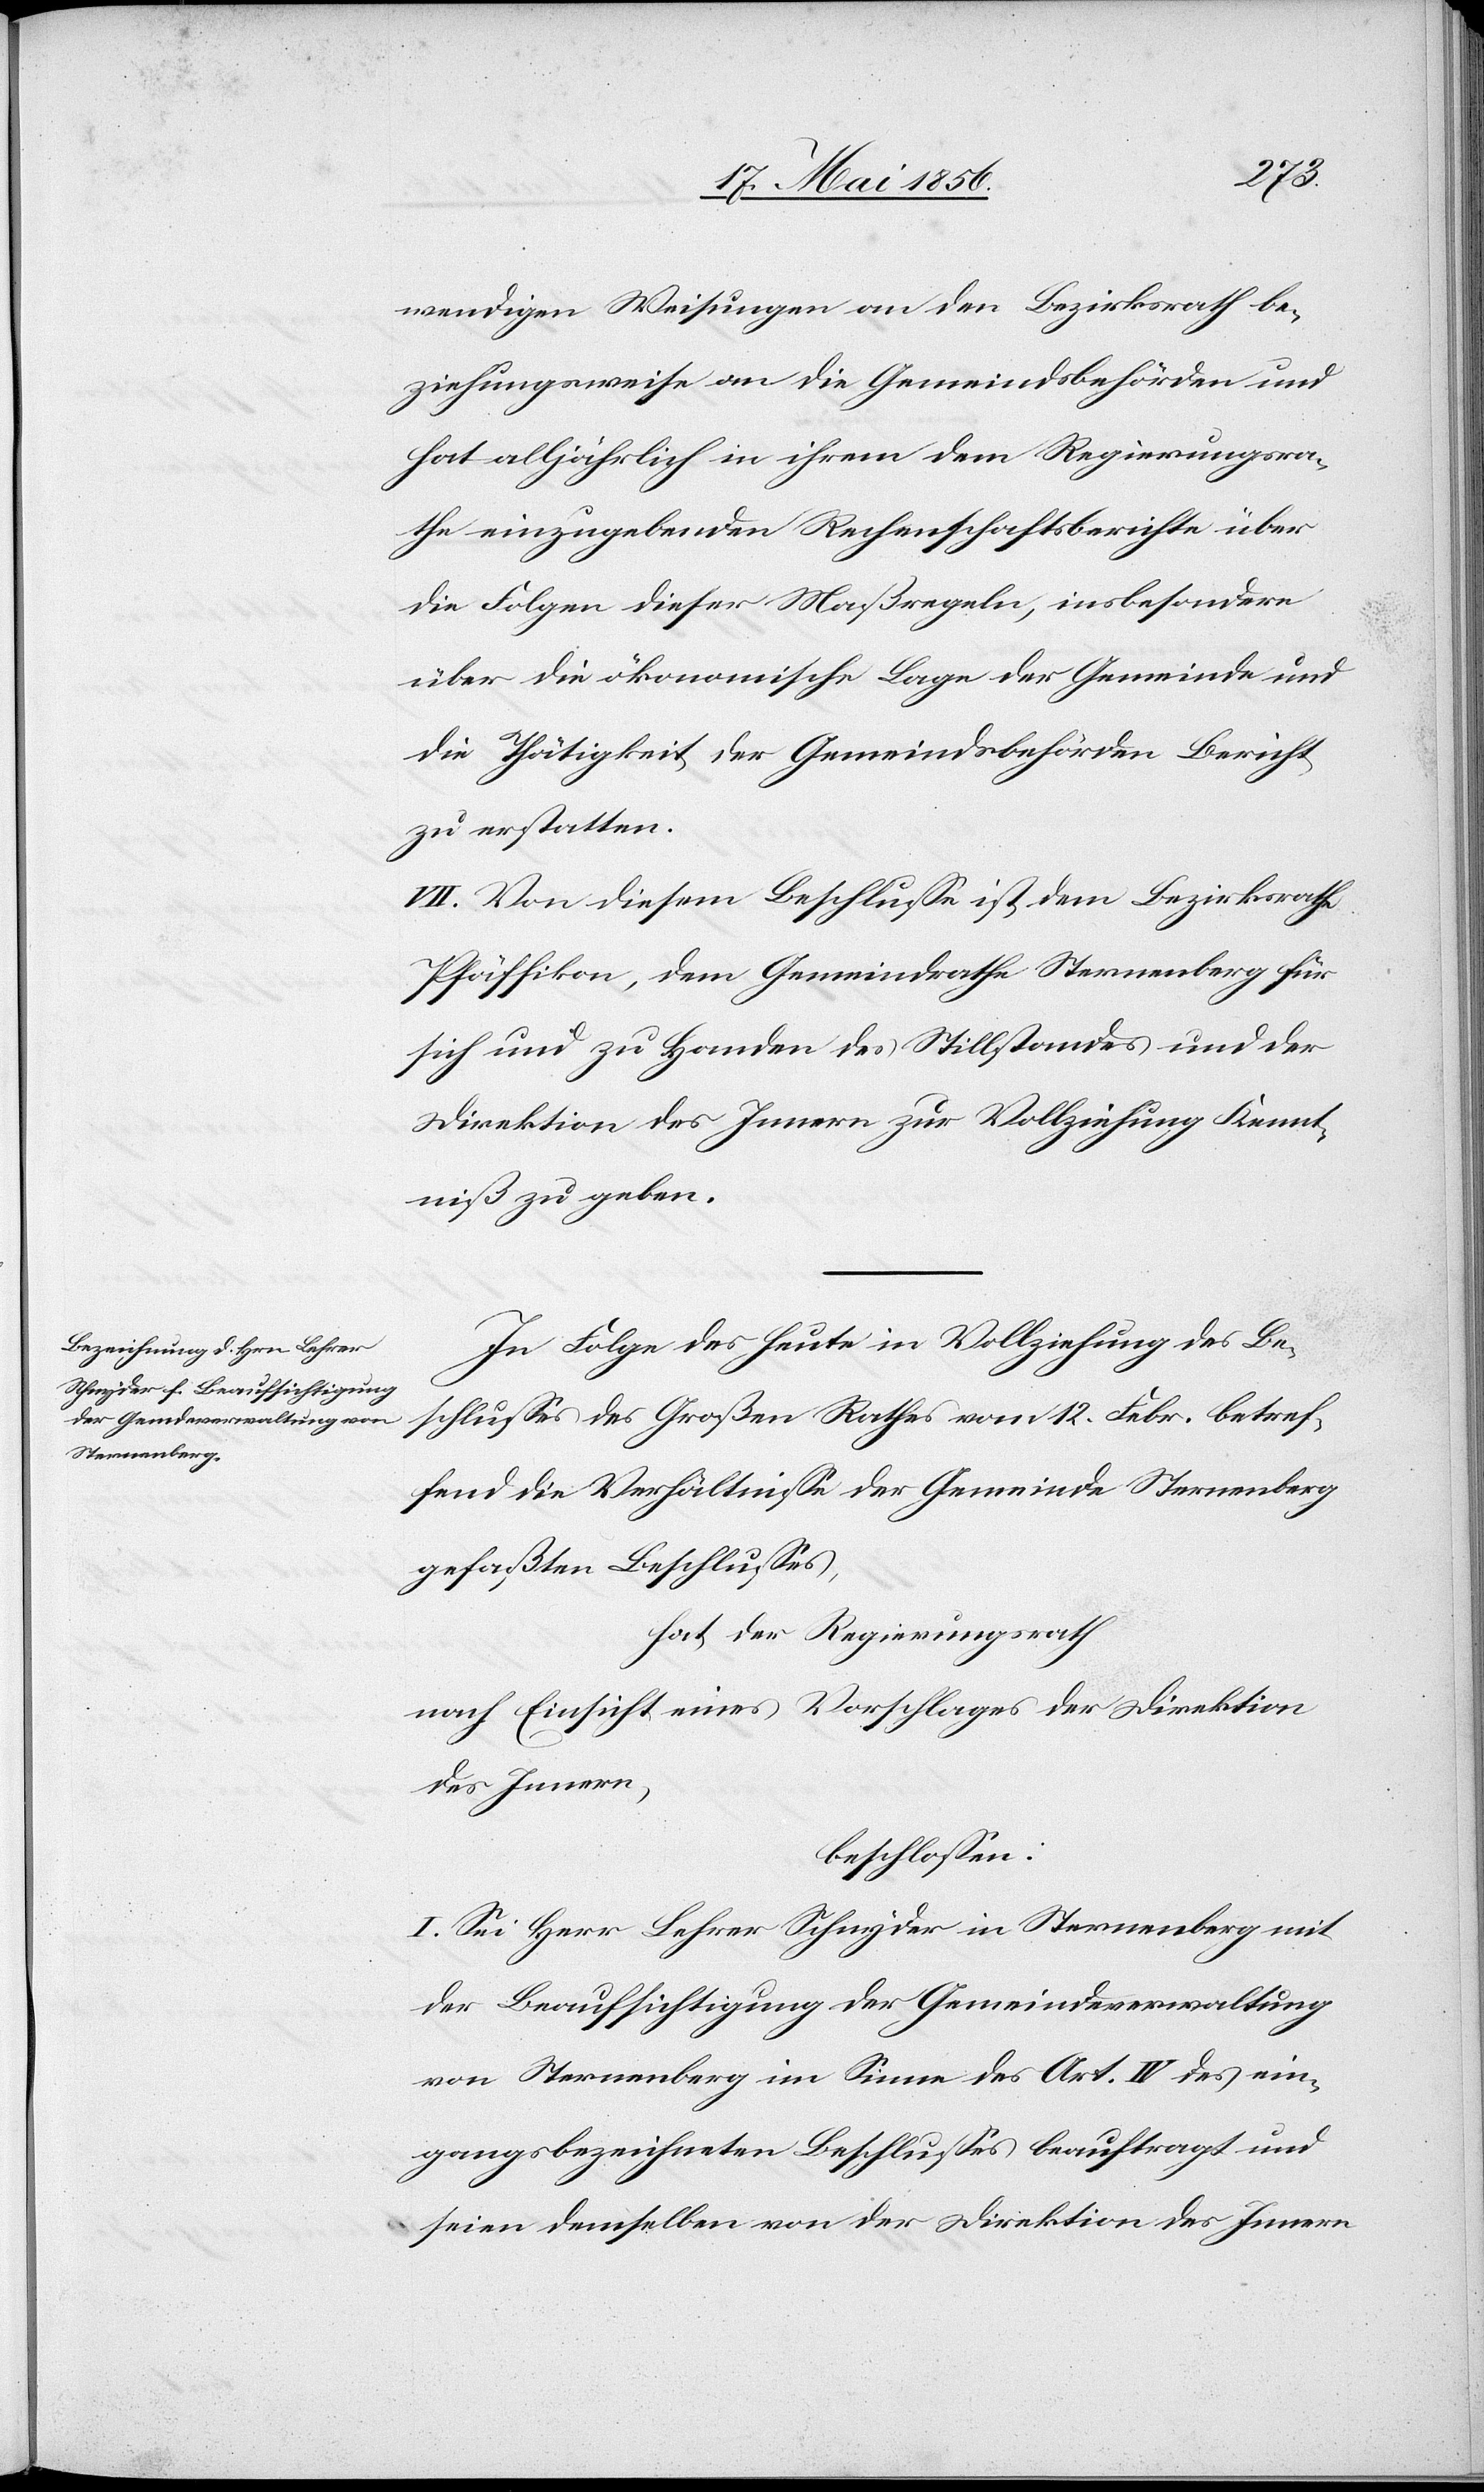
wendigen Weisungen an den Bezirksrath be¬
ziehungsweise an die Gemeindsbehörden und
hat alljährlich in ihrem dem Regierungsra¬
the einzugebenden Rechenschaftsberichte über
die Folgen dieser Maßregeln, insbesondere
über die ökonomische Lage der Gemeinde und
die Thätigkeit der Gemeindsbehörden Bericht
zu erstatten.
VII. Von diesem Beschlusse ist dem Bezirksrathe
Pfäffikon, dem Gemeindrathe Sternenberg für
sich und zu Handen des Stillstandes und der
Direktion des Innern zur Vollziehung Kennt¬
niß zu geben.
In Folge des heute in Vollziehung des Be¬
schlusses des Großen Rathes vom 12. Febr. betref¬
fend die Verhältnisse der Gemeinde Sternenberg
befaßten Beschlusses,
hat der Regierungsrath
nach Einsicht eines Vorschlages der Direktion
des Innern,
beschlossen:
I. Sei Herr Lehrer Schnyder in Sternenberg mit
der Beaufsichtigung der Gemeindeverwaltung
von Sternenberg im Sinne des Art. IV des ein¬
gangsbezeichneten Beschlusses beauftragt und
seien demselben von der Direktion des Innern